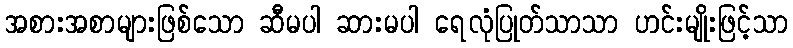
အစားအစာများဖြစ်သော ဆီမပါ ဆားမပါ ရေလုံပြုတ်သာသာ ဟင်းမျိုးဖြင့်သာ